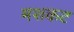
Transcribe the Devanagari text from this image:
मशकट